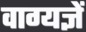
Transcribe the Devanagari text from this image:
वाग्यज्ञें